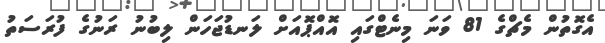
އެގޮތުން މެޗްގެ 81 ވަނަ މިނެޓްގައި އޮއްޕޮއަށް ލަނޑުޖަހަން ލިބުނު ރަނުގެ ފުރަސަތު